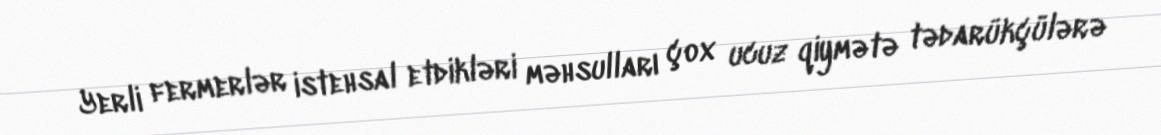
Yerli fermerlər istehsal etdikləri məhsulları çox ucuz qiymətə tədarükçülərə